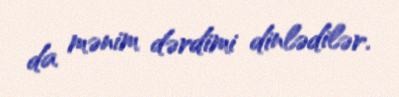
da mənim dərdimi dinlədilər.